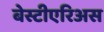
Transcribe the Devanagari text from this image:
बेस्टीएरिअस